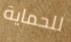
للحماية